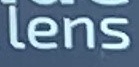
lens